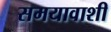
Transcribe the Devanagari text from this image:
समयावाशी